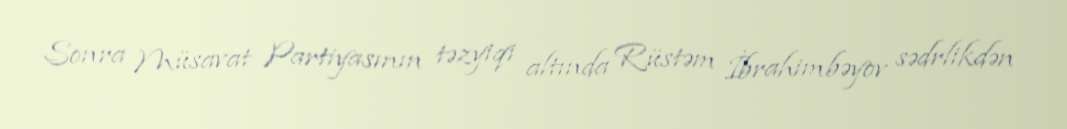
Sonra Müsavat Partiyasının təzyiqi altında Rüstəm İbrahimbəyov sədrlikdən